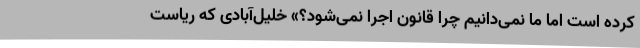
کرده است اما ما نمی‌دانیم چرا قانون اجرا نمی‌شود؟» خلیل‌آبادی که ریاست